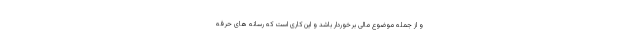
و از جمله موضوع مالی برخوردار باشد و این کاری است که رسانه های حرفه